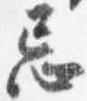
忌